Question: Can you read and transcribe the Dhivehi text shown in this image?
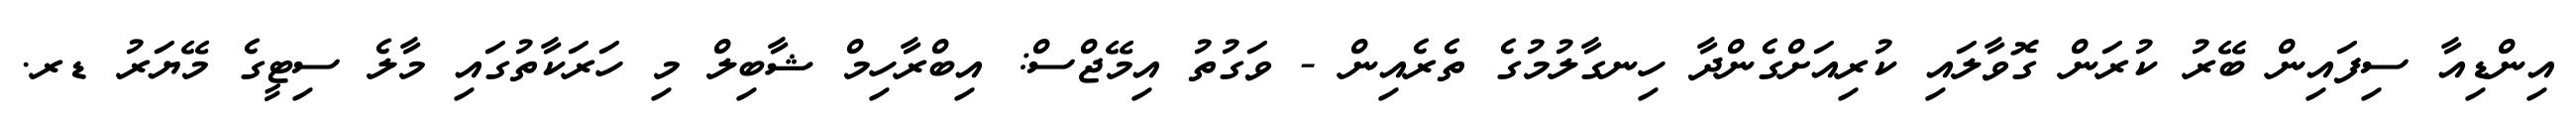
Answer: އިންޑިއާ ސިފައިން ބޭރު ކުރަން ގޮވާލައި ކުރިއަށްގެންދާ ހިނގާލުމުގެ ތެރެއިން - ވަގުތު އިމޭޖްސް: އިބްރާހިމް ޝާބިލް މި ހަރަކާތުގައި މާލެ ސިޓީގެ މޭޔަރު ޑރ.